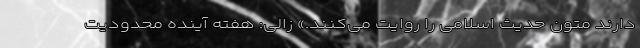
دارند متون حدیث اسلامی را روایت می‌کنند.» زالی:‌ هفته آینده محدودیت